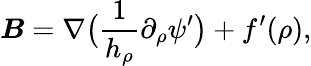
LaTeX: \boldsymbol{B}=\nabla\big(\frac 1{h_{\rho}}\partial_{\rho}\psi^{\prime}\big)+f^{\prime}(\rho),